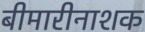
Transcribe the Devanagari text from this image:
बीमारीनाशक